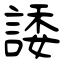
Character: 諉